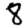
Digit: 8